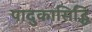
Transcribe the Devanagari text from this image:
पादुकासिद्धि